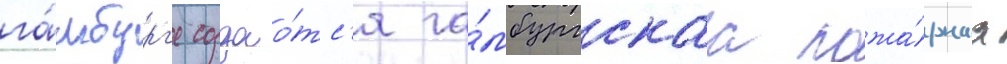
га́мбург'е создао́тс'я га́мбургскаа пожа́рнаа